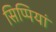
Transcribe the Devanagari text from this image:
सिप्पियां